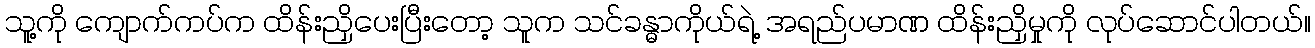
သူ့ကို ကျောက်ကပ်က ထိန်းညှိပေးပြီးတော့ သူက သင်ခန္ဓာကိုယ်ရဲ့ အရည်ပမာဏ ထိန်းညှိမှုကို လုပ်ဆောင်ပါတယ်။